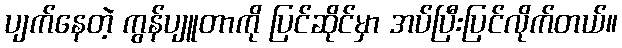
ပျက်နေတဲ့ ကွန်ပျူတာကို ပြင်ဆိုင်မှာ အပ်ပြီးပြင်လိုက်တယ်။